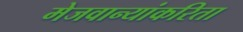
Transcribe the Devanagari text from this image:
मेजवान्यांकरिता